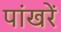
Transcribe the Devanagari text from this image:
पांखरें